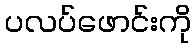
ပလပ်ဖောင်းကို